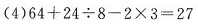
(4) $$6 4 + 2 4\div 8 - 2\times